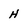
Character: H